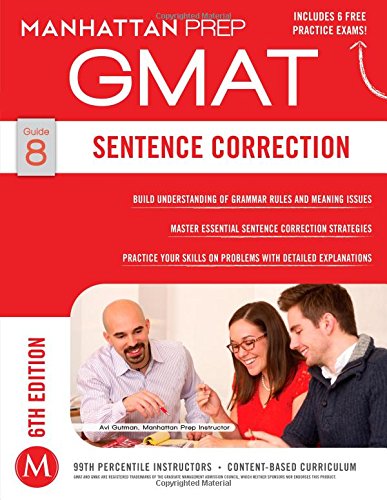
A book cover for GMAT Sentence Correction (Manhattan Prep GMAT Strategy Guides); Manhattan Prep; Test Preparation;